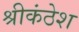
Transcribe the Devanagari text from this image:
श्रीकंठेश